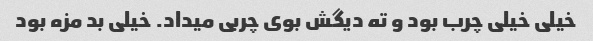
خیلی خیلی چرب بود و ته دیگش بوی چربی میداد. خیلی بد مزه بود